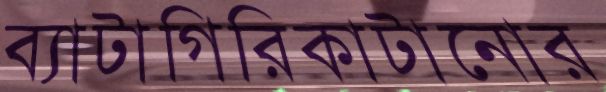
ব্যাটাগিরিকাটানোর